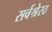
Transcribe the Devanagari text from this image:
सर्वश्रेस्ठ